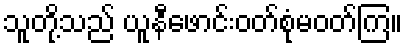
သူတို့သည် ယူနီဖောင်းဝတ်စုံမဝတ်ကြ။